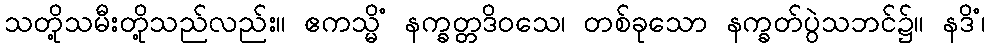
သတို့သမီးတို့သည်လည်း။ ဧကသ္မိံ နက္ခတ္တဒိဝသေ၊ တစ်ခုသော နက္ခတ်ပွဲသဘင်၌။ နဒိံ၊